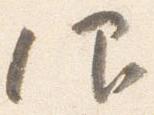
仰